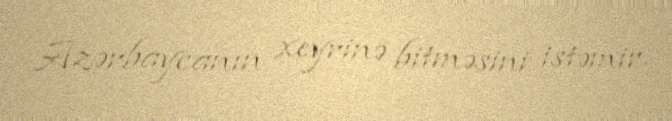
Azərbaycanın xeyrinə bitməsini istəmir.